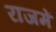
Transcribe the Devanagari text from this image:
राजमें